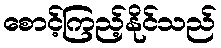
စောင့်ကြည့်နိုင်သည်